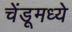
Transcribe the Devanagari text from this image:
चेंडूमध्ये